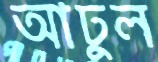
আঢুল